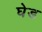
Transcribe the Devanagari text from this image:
घेड